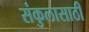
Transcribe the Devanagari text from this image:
संकुलासाठी